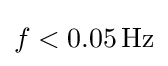
f<0.05\,\mathrm {Hz}